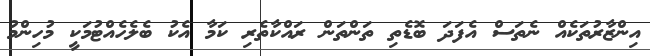
އިންޒާރުތަކެއް ނެތަސް އެފަދަ ބޮޑެތި ތަންތަން ރައްކާތެރި ކަމާ އެކު ބެލެހެއްޓުމަކީ މުހިންމު